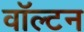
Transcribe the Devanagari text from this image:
वाॅल्टन